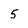
Character: 5